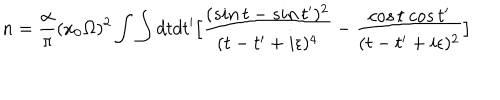
n = { \frac { \alpha } { \pi } } ( x _ { 0 } \Omega ) ^ { 2 } \int \int d t d t ^ { \prime } \bigl [ { \frac { ( s i n \, t - s i n \, t ^ { \prime } ) ^ { 2 } } { ( t - t ^ { \prime } + i \epsilon ) ^ { 4 } } } - { \frac { c o s \, t ~ c o s \, t ^ { \prime } } { ( t - t ^ { \prime } + i \epsilon ) ^ { 2 } } } \bigr ]